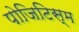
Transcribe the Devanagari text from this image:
पोजिटिस्म